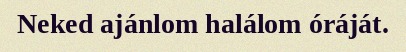
Neked ajánlom halálom óráját.